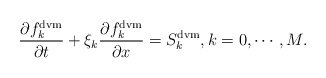
\begin{align*} \frac{\partial f^{\mathrm{dvm}}_k}{\partial t} + \xi_k \frac{\partial f^{\mathrm{dvm}}_k}{\partial x} = S^{\mathrm{dvm}}_k, k = 0, \cdots, M.\end{align*}